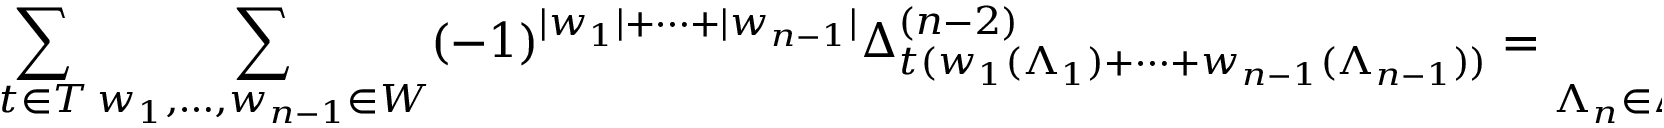
\sum _ { t \in T } \sum _ { w _ { 1 } , \ldots , w _ { n - 1 } \in W } ( - 1 ) ^ { | w _ { 1 } | + \cdots + | w _ { n - 1 } | } \Delta _ { t ( w _ { 1 } ( \Lambda _ { 1 } ) + \cdots + w _ { n - 1 } ( \Lambda _ { n - 1 } ) ) } ^ { ( n - 2 ) } = \sum _ { \Lambda _ { n } \in \Delta _ { \Lambda _ { 1 } , \ldots , \Lambda _ { n - 1 } } } \Delta _ { \tilde { W } ( \Lambda _ { n } ) } ,